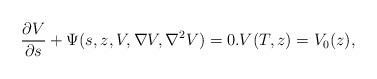
LaTeX: \begin{align*}\frac{\partial V}{\partial s}+\Psi(s,z,V,\nabla V,\nabla^2V)=0.V(T,z)=V_0(z),\end{align*}